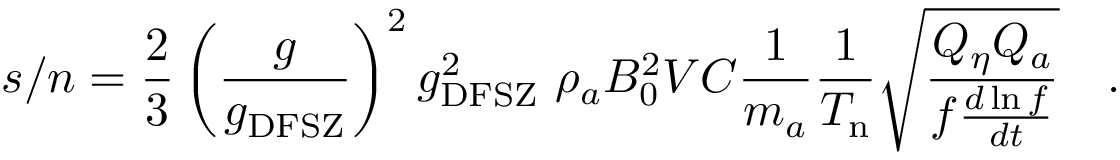
s / n = { \frac { 2 } { 3 } } \left( { \frac { g } { g _ { \mathrm { D F S Z } } } } \right) ^ { 2 } g _ { \mathrm { D F S Z } } ^ { 2 } ~ \rho _ { a } B _ { 0 } ^ { 2 } V C { \frac { 1 } { m _ { a } } } { \frac { 1 } { T _ { \mathrm { n } } } } \sqrt { \frac { Q _ { \eta } Q _ { a } } { f { \frac { d \ln f } { d t } } } } ~ ~ \ .